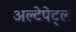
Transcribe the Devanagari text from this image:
अल्टेपेट्ल